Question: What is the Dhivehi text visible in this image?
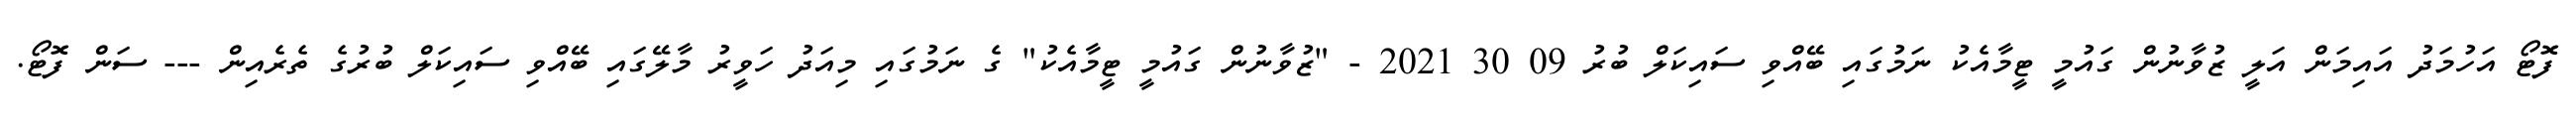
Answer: ފޮޓޯ އަހުމަދު އައިމަން އަލީ ޒުވާނުން ގައުމީ ޓީމާއެކު ނަމުގައި ބޭއްވި ސައިކަލް ބުރު 09 30 2021 - "ޒުވާނުން ގައުމީ ޓީމާއެކު" ގެ ނަމުގައި މިއަދު ހަވީރު މާލޭގައި ބޭއްވި ސައިކަލް ބުރުގެ ތެރެއިން --- ސަން ފޮޓޯ.